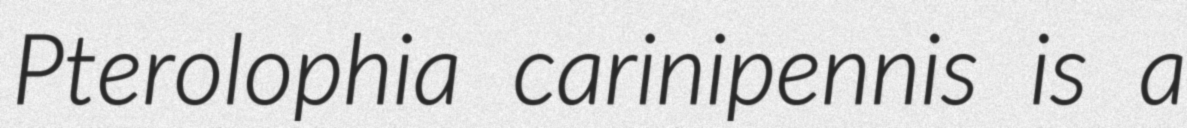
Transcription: Pterolophia carinipennis is a